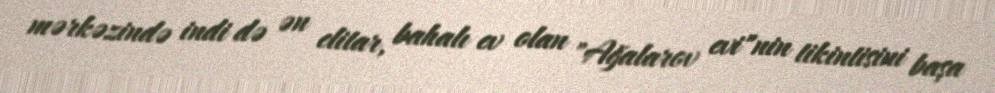
mərkəzində indi də ən elitar, bahalı ev olan "Ağalarov evi"nin tikintisini başa